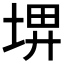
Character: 𡌹